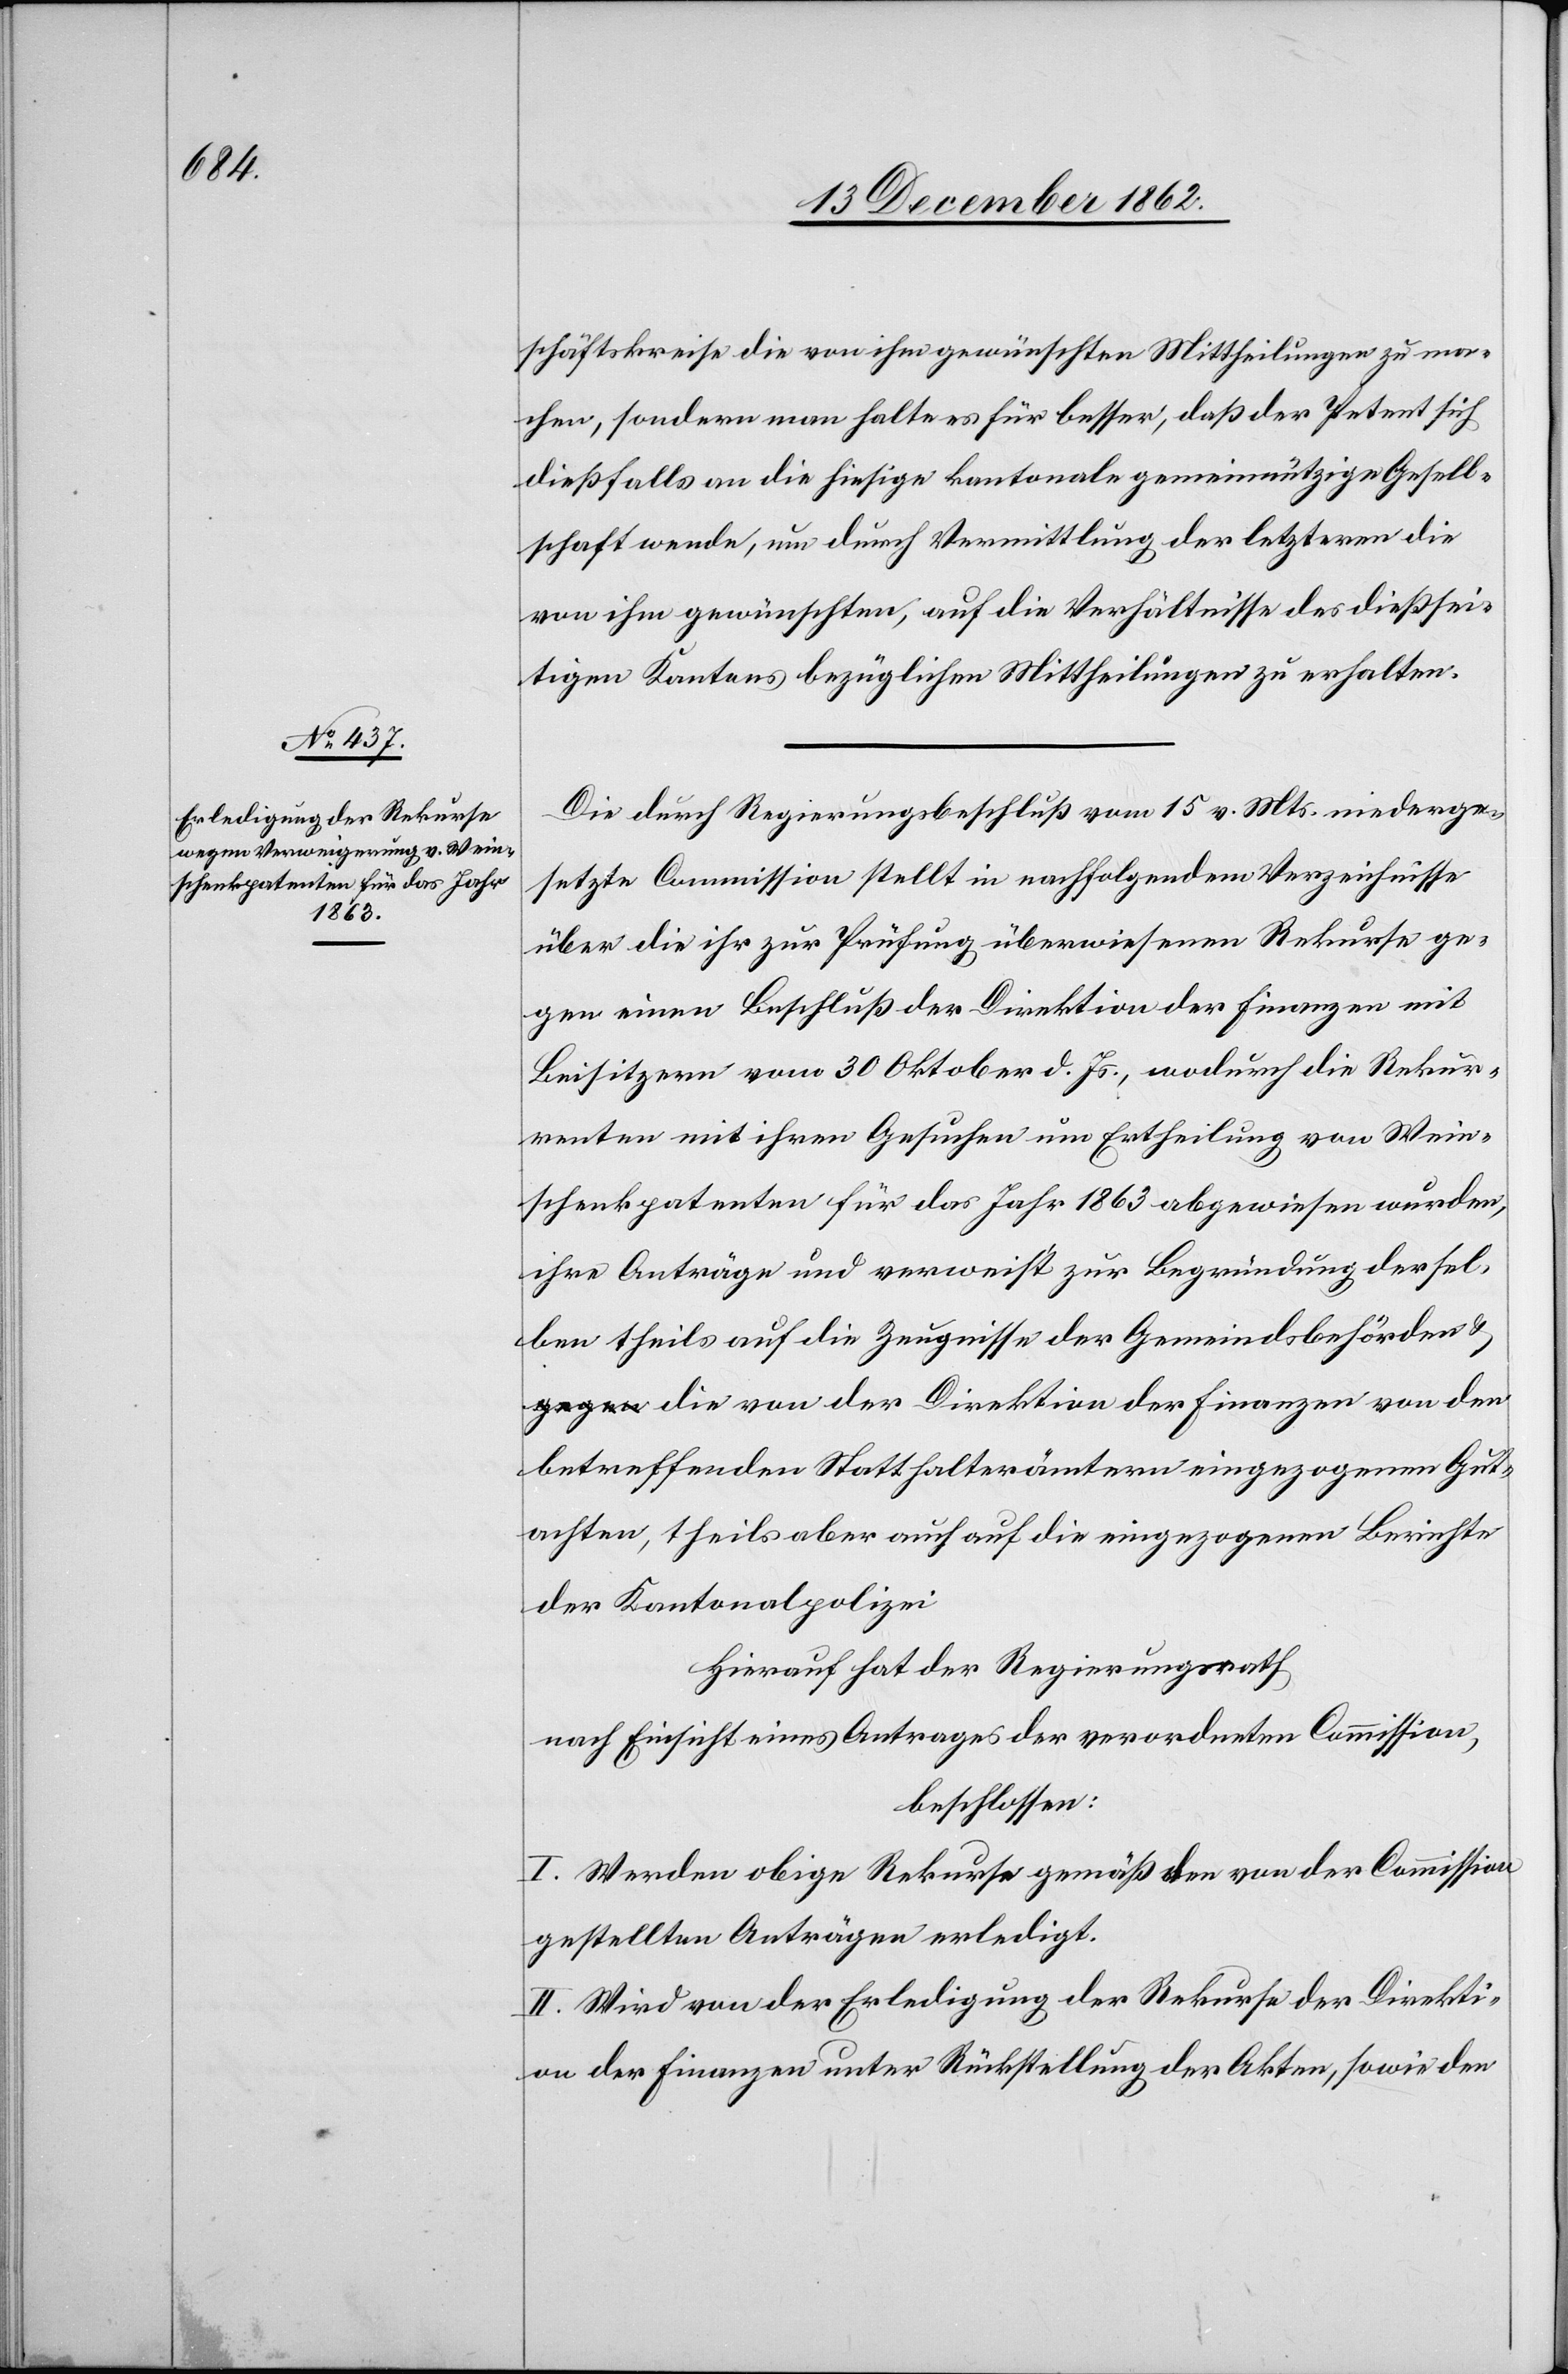
schäftskreise die von ihm gewünschten Mittheilungen zu ma¬
chen, sondern man halte es für besser, daß der Petent sich
dießfalls an die hiesige kantonale gemeinnützige Gesell¬
schaft wende, um durch Vermittlung der letztern die
von ihm gewünschten, auf die Verhältnisse des dießsei¬
tigen Kantons bezüglichen Mittheilungen zu erhalten.
Die durch Regierungsbeschluß vom 15. v. Mts. niederge¬
setzte Commission stellt in nachfolgendem Verzeichnisse
über die ihr zur Prüfung überwiesenen Rekurse ge¬
gen einen Beschluß der Direktion der Finanzen mit
Beisitzern vom 30. Oktober d. Js., wodurch die Rekur¬
renten mit ihren Gesuchen um Ertheilung von Wein¬
schenkpatenten für das Jahr 1863 abgewiesen wurden,
ihre Anträge und verweist zur Begründung dersel¬
ben theils auf die Zeugnisse der Gemeindsbehörden
u. die von der Direktion der Finanzen von den
betreffenden Statthalterämtern eingezogenen Gut¬
achten, theils aber auch auf die eingezogenen Berichte
der Kantonalpolizei
Hierauf hat der Regierungsrath
nach Einsicht eines Antrages der verordneten Commission,
beschlossen:
I. Werden obige Rekurse gemäß den von der Commission
gestellten Anträgen erledigt.
II. Wird von der Erledigung der Rekurse der Direkti¬
on der Finanzen unter Rückstellung der Akten, sowie den